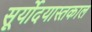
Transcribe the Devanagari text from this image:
सूर्योदयास्तकाल